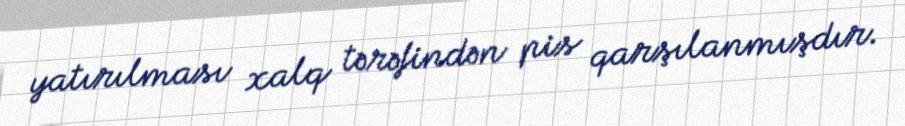
yatırılması xalq tərəfindən pis qarşılanmışdır.